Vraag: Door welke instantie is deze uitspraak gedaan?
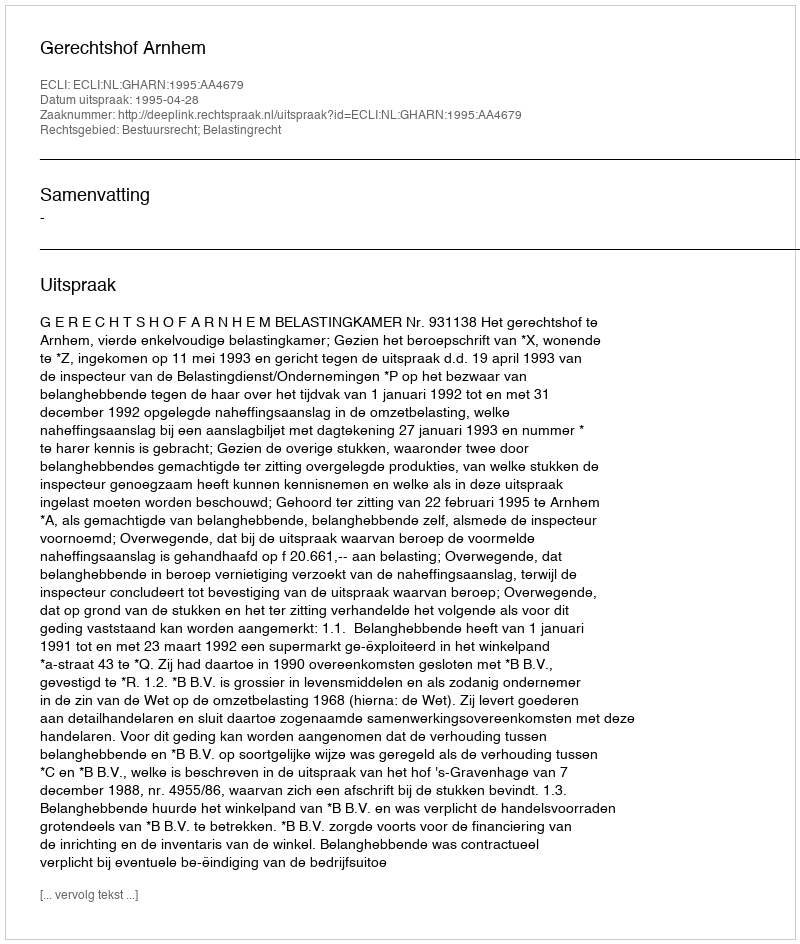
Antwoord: Gerechtshof Arnhem